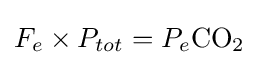
F_{e}\times P_{tot}=P_{e}{\ce {CO2}}